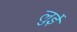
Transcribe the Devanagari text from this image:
लुईे